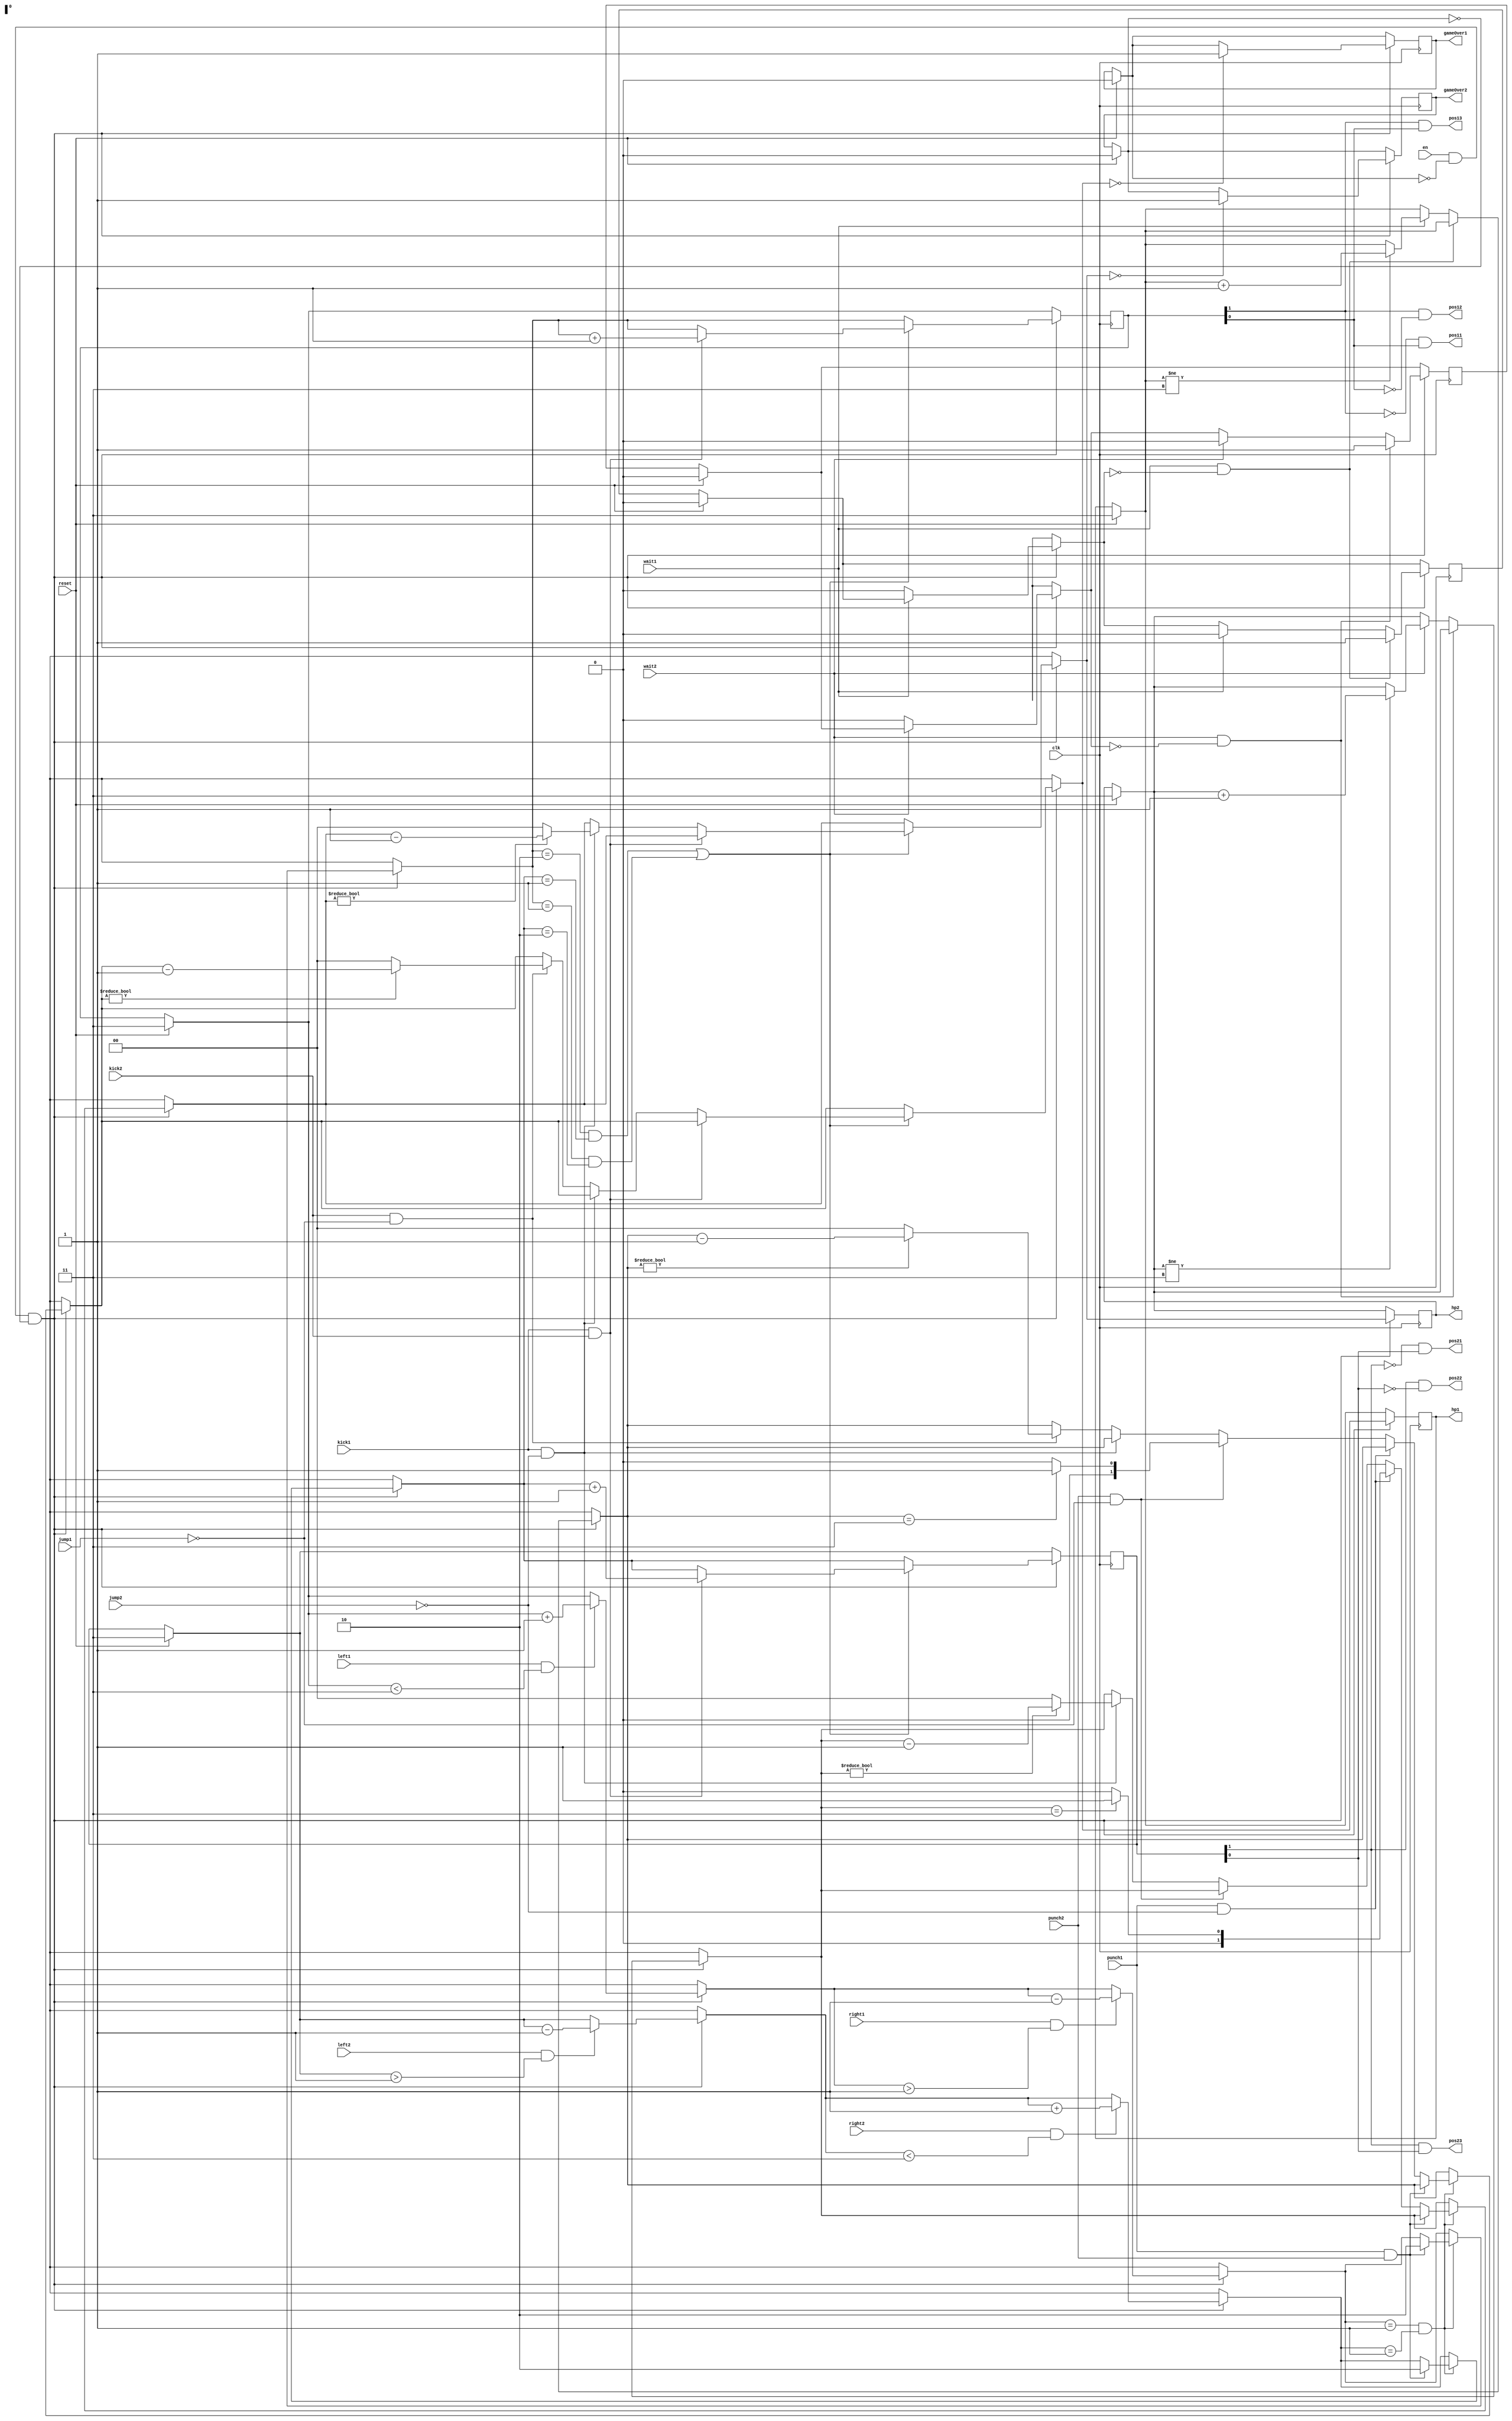
`timescale 1ns / 1ps
//////////////////////////////////////////////////////////////////////////////////
// Company: 
// Engineer: 
// 
// Design Name: 
// Module Name:    Logic 
// Project Name: 
// Target Devices: 
// Tool versions: 
// Description: 
//
// Dependencies: 
//
// Revision: 
// Revision 0.01 - File Created
// Additional Comments: 
//
//////////////////////////////////////////////////////////////////////////////////
module Logic(
		clk, en, reset, punch1, kick1, wait1, jump1, left1, right1,
		punch2, kick2, wait2, jump2, left2, right2,
		hp1, gameOver1, pos11, pos12, pos13, hp2, gameOver2, pos21, pos22, pos23
);
		
		input clk, en, reset, punch1, kick1, wait1, jump1, left1, right1;
		input punch2, kick2, wait2, jump2, left2, right2;
		output pos11, pos12, pos13, gameOver1, pos21, pos22, pos23, gameOver2;
		output [1:0] hp1, hp2;
		reg rest1, gameOver1, rest2, gameOver2;
		reg [1:0] hp1, pos1, hp2, pos2;
		
	initial
	begin
		rest1=0;
		rest2=0;
		pos1=3;
		pos2=3;
		hp1=3;
		hp2=3;
		gameOver1=0;
		gameOver2=0;
	end
	
	assign pos13 = pos1[1] & pos1[0];
	assign pos12 = pos1[1] & !pos1[0];
	assign pos11 = !pos1[1] & pos1[0];
	
	assign pos23 = pos2[1] & pos2[0];
	assign pos22 = pos2[1] & !pos2[0];
	assign pos21 = !pos2[1] & pos2[0];
	
	always @ (posedge clk) begin
		//reset
		if(reset)
		begin
			rest1=0;
			rest2=0;
			pos1=3;
			pos2=3;
			hp1=3;
			hp2=3;
			gameOver1=0;
			gameOver2=0;
		end
		
		if(en && !gameOver1 && !gameOver2) begin
			//movement
			if(left1 && pos1<3) pos1 = pos1 + 1;
			if(left2 && pos2>1) pos2 = pos2 - 1;
			if(right1 && pos1>1) pos1 = pos1- 1;
			if(right2 && pos2<3) pos2 = pos2+ 1;
			
			//reset rest
			if(!wait1) rest1=0;
			if(!wait2) rest2=0;
			
			//wait and regen
			if(wait1 && !rest1) rest1 = 1;
			else if(wait1)
				begin
					rest1 = 0;
					hp1 = hp1!=3 ? hp1+1 : hp1;
				end
				
			if(wait2 && !rest2) rest2 = 1;
			else if(wait2)
				begin
					rest2 = 0;
					hp2 = hp2!=3 ? hp2+1 : hp2;
				end
			
			//punch
			if(pos1==1 && pos2==1)
			begin
				if(punch1 && punch2)
				begin
					pos1 = 2;
					pos2 = 2;
				end
				else if(punch1 && !jump2) hp2 = hp2==3 ? 1 : 0;
				else if(punch2 && !jump1) hp1 = hp1==3 ? 1 : 0;
				
				else if(kick1 && !jump2) hp2 = hp2!=0 ? hp2-1 : 0;
				else if(kick2 && !jump1) hp1 = hp1!=0 ? hp1-1 : 0;
			end
			
			//kick
			if(pos1==2 && pos2==1 || pos1==1 && pos2==2)
			begin
				if(kick1 && kick2)
				begin
					pos1 = pos1+1;
					pos2 = pos2+1;
				end
				else if(kick1 && !jump2) hp2 = hp2!=0 ? hp2-1 : 0;
				else if(kick2 && !jump1) hp1 = hp1!=0 ? hp1-1 : 0;
			end
		
			if(hp1==0) gameOver1=1;
			if(hp2==0) gameOver2=1;
		end
	end
endmodule